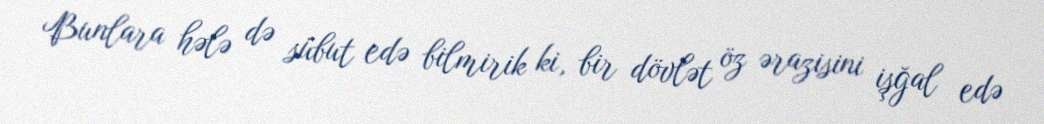
Bunlara hələ də sübut edə bilmirik ki, bir dövlət öz ərazisini işğal edə